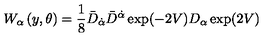
W _ { \alpha } \left( y , \theta \right) = \frac { 1 } { 8 } \bar { D } _ { \dot { \alpha } } \bar { D } ^ { \dot { \alpha } } \exp ( - 2 V ) D _ { \alpha } \exp ( 2 V )